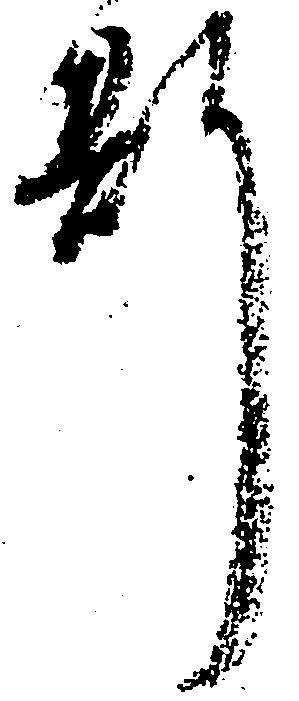
斯